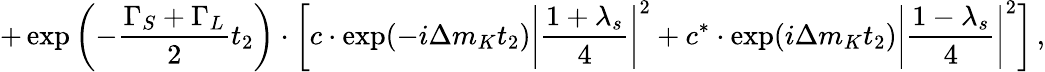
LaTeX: +\exp\left(-\frac{\Gamma_{S}+\Gamma_{L}}{2}t_{2}\right)\cdot\left[c\cdot\exp(-i\Delta m_{K}t_{2})\left|\frac{1+\lambda_{s}}{4}\right|^{2}+c^{\ast}\cdot\exp(i\Delta m_{K}t_{2})\left|\frac{1-\lambda_{s}}{4}\right|^{2}\right]\, ,